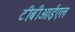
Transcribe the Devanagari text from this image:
टीबीआईएल